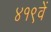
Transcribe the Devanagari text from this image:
४१९वें